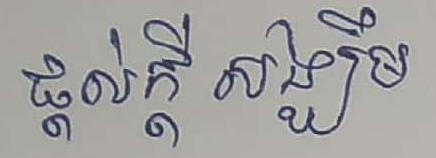
ផ្ដល់ក្ដី សង្ឈឹម